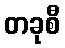
တခုစီ